Document type: bank_statement
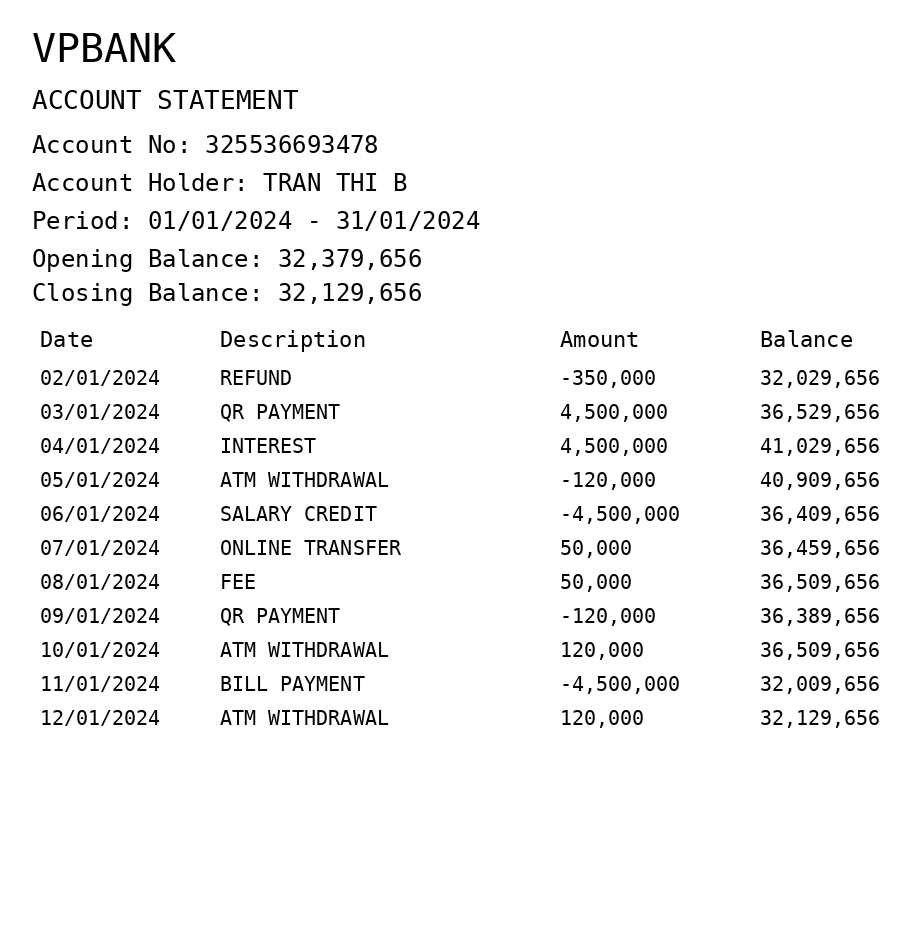
OCR transcript:
VPBANK
ACCOUNT STATEMENT
Account No: 325536693478
Account Holder: TRAN THI B
Period: 01/01/2024 - 31/01/2024
Opening Balance: 32,379,656
Closing Balance: 32,129,656
Date
Description
Amount
Balance
02/01/2024
REFUND
-350,000
32,029,656
03/01/2024
QR PAYMENT
4,500,000
36,529,656
04/01/2024
INTEREST
4,500,000
41,029,656
05/01/2024
ATM WITHDRAWAL
-120,000
40,909,656
06/01/2024
SALARY CREDIT
-4,500,000
36,409,656
07/01/2024
ONLINE TRANSFER
50,000
36,459,656
08/01/2024
FEE
50,000
36,509,656
09/01/2024
QR PAYMENT
-120,000
36,389,656
10/01/2024
ATM WITHDRAWAL
120,000
36,509,656
11/01/2024
BILL PAYMENT
-4,500,000
32,009,656
12/01/2024
ATM WITHDRAWAL
120,000
32,129,656
Extracted fields:
bank_name: vpbank
account_number: 325536693478
account_holder: tran thi b
statement_period: 01/01/2024 - 31/01/2024
opening_balance: 32379656
closing_balance: 32129656
transactions: date: 2024-01-02
description: refund
amount: -350000
balance: 32029656
date: 2024-01-03
description: qr payment
amount: 4500000
balance: 36529656
date: 2024-01-04
description: interest
amount: 4500000
balance: 41029656
date: 2024-01-05
description: atm withdrawal
amount: -120000
balance: 40909656
date: 2024-01-06
description: salary credit
amount: -4500000
balance: 36409656
date: 2024-01-07
description: online transfer
amount: 50000
balance: 36459656
date: 2024-01-08
description: fee
amount: 50000
balance: 36509656
date: 2024-01-09
description: qr payment
amount: -120000
balance: 36389656
date: 2024-01-10
description: atm withdrawal
amount: 120000
balance: 36509656
date: 2024-01-11
description: bill payment
amount: -4500000
balance: 32009656
date: 2024-01-12
description: atm withdrawal
amount: 120000
balance: 32129656